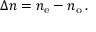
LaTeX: \Delta n = n _ { \mathrm { e } } - n _ { \mathrm { o } } \, .